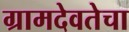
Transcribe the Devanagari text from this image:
ग्रामदेवतेचा